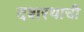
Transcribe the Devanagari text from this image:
दशरथाची